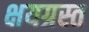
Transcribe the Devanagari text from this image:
क्षयग्रस्त